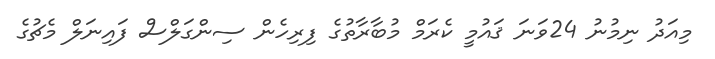
މިއަދު ނިމުނު 24ވަނަ ޤައުމީ ކެރަމް މުބާރާތުގެ ފިރިހެން ސިންގަލްސް ފައިނަލް މެޗުގެ